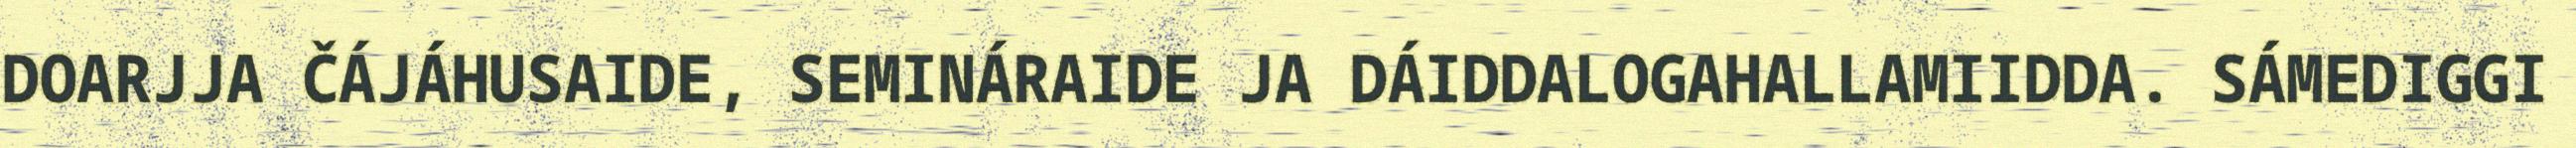
DOARJJA ČÁJÁHUSAIDE, SEMINÁRAIDE JA DÁIDDALOGAHALLAMIIDDA. SÁMEDIGGI